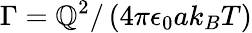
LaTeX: \Gamma=\mathbb{Q}^{2}/\left(4\pi\epsilon_{0}ak_{B}T\right)